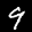
Label: 9